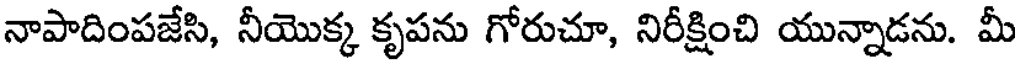
నాపాదింపజేసి, నీయొక్క కృపను గోరుచూ, నిరీక్షించి యున్నాడను. మీ